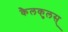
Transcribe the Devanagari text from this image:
कैलकुलस्‌